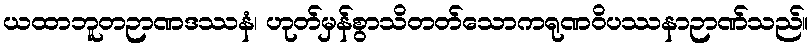
ယထာဘူတဉာဏဒဿနံ၊ ဟုတ်မှန်စွာသိတတ်သောကရုဏဝိပဿနာဉာဏ်သည်။